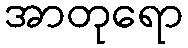
အာတုရော